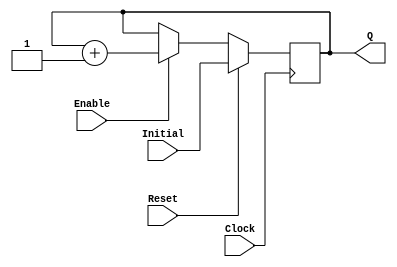
`timescale 1ns / 1ps
//------------------------------------------------
module UPCOUNTER_POSEDGE # (parameter SIZE=16)
(
input wire Clock, Reset,
input wire [SIZE-1:0] Initial,
input wire Enable,
output reg [SIZE-1:0] Q
);


  always @(posedge Clock )
  begin
      if (Reset)
        Q = Initial;
      else
		begin
		if (Enable)
			Q = Q + 1;
			
		end			
  end

endmodule
//----------------------------------------------------
module FFD_POSEDGE_SYNCRONOUS_RESET # ( parameter SIZE=8 )
(
	input wire				Clock,
	input wire				Reset,
	input wire				Enable,
	input wire [SIZE-1:0]	D,
	output reg [SIZE-1:0]	Q
);
	

always @ (posedge Clock) 
begin
	if ( Reset )
		Q <= 0;
	else
	begin	
		if (Enable) 
			Q <= D; 
	end	
 
end//always

endmodule


//----------------------------------------------------------------------

module FULL_ADDER # ( parameter SIZE=8 )
(
	input wire				Ci,
	input wire [SIZE-1:0]	A,
	input wire [SIZE-1:0]	B,
	output wire [SIZE-1:0]	SUM,
	output wire 		Co
);
	
assign {Co,SUM} = A + B + Ci;

endmodule


//----------------------------------------------------------------------


module IMUL_GENE # ( parameter size=16 )
(
	//input wire				Clock,
	input wire [size-1:0]	MulA,
	input wire [size-1:0]	MulB,
	output wire [(size*2)-1:0]	wPro
);
wire [size-1:0] wCarry[size-1:0];
wire [size-1:0] wSuma[size-1:0];

parameter MAX_COLS = size-1;
parameter MAX_ROWS = size-2;

assign wPro[0] = MulA[0]&MulB[0];
assign wSuma[0][size-1] = 0;

FULL_ADDER # (1) MyAdder5(
						.A(MulA[size-1]& MulB[MAX_ROWS+1]),
						.B(wSuma[MAX_ROWS][size-1]),
						.Ci(wCarry[ MAX_ROWS ][ size-1 ]),
						.Co(wPro[2*size-1]),
						.SUM(wPro[2*size-2])				
						);
						
genvar CurrentRow, CurrentCol;
generate 

for (CurrentCol = 0; CurrentCol <= (MAX_COLS-1); CurrentCol = CurrentCol + 1) //La primer fila de sum no recibe resultado previo
	begin: FIRST_ROW
		assign wSuma[ 0 ][ CurrentCol ] = MulA[CurrentCol+1]&MulB[0];	
	end
	
for (CurrentRow = 0; CurrentRow <= MAX_ROWS; CurrentRow = CurrentRow + 1)  //Los carrier entrada de los sumadores de la derecha son cero y 
		begin: COL_ZERO													 // su resultado se guarda en rPro
		assign wCarry[ CurrentRow ][ 0 ] = 0;	
		FULL_ADDER # (1) MyAdder1(
						.A(MulA[0]&MulB[CurrentRow+1]),
						.B(wSuma[CurrentRow][0]),
						.Ci(wCarry[ CurrentRow ][ 0 ]),
						.Co(wCarry[ CurrentRow ][ 1]),
						.SUM(wPro[CurrentRow+1])				
						);		
		end
		
for (CurrentRow = 0; CurrentRow <= MAX_ROWS-1; CurrentRow = CurrentRow + 1)  //Los carrier salida de la ultima col se guarda en wSuma
	begin: CARRY_OUT
		FULL_ADDER # (1) MyAdder4(
						.A(MulA[size-1]&MulB[CurrentRow+1]),
						.B(wSuma[CurrentRow][size-1]),
						.Ci(wCarry[ CurrentRow ][ size-1 ]),
						.Co(wSuma[ CurrentRow+1 ][ size-1]),
						.SUM(wSuma[CurrentRow+1][size-2])				
						);	
	end		
	
for (CurrentCol = 1; CurrentCol <= MAX_COLS-1; CurrentCol = CurrentCol + 1)
	begin: MUL_COL
		for (CurrentRow = 0; CurrentRow <= MAX_ROWS; CurrentRow = CurrentRow + 1)
			begin: MUL_ROW			
				if (CurrentRow == (size-2))
						FULL_ADDER # (1) MyAdder2(
						.A(MulA[CurrentCol]&MulB[size-1]),
						.B(wSuma[CurrentRow][CurrentCol]),
						.Ci(wCarry[ CurrentRow ][ CurrentCol ]),
						.Co(wCarry[ CurrentRow ][ CurrentCol + 1]),
						.SUM(wPro[CurrentCol + size - 1])				
						);	
				else
						FULL_ADDER # (1) MyAdder3(
							.A(MulA[CurrentCol]&MulB[CurrentRow+1]),
							.B(wSuma[CurrentRow][CurrentCol]),
							.Ci(wCarry[ CurrentRow ][ CurrentCol ]),
							.Co(wCarry[ CurrentRow ][ CurrentCol + 1]),
							.SUM(wSuma[CurrentRow+1][CurrentCol-1])				
							);	
			end							
	end
											
endgenerate
endmodule